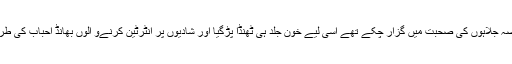
یہ سن کے ان کے جاٹ خون نے جوش تو مارا لیکن چونکہ بہت عرصہ جلُاہوں کی صحبت میں گزار چکے تھے اسی لیے خون جلد ہی ٹھنڈا پڑگیا اور شادیوں پر انٹرٹین کرنےو الوں بھانڈ احباب کی طرح انہوں نے ہمیں اس جگت کی ایک "ٹھاپ" کی صورت میں داد دی۔